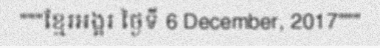
"""ខ្មែរអង្គរ ថ្ងៃទី 6 December, 2017"""